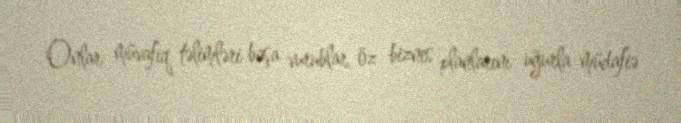
Onlar müvafiq təlimləri başa vurublar, öz biznes planlarını uğurla müdafiə